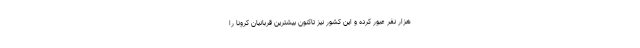
هزار نفر عبور کرده و این کشور نیز تاکنون بیشترین قربانیان کرونا را